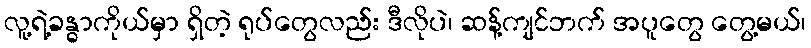
လူ့ရဲ့ခန္ဓာကိုယ်မှာ ရှိတဲ့ ရုပ်တွေလည်း ဒီလိုပဲ၊ ဆန့်ကျင်ဘက် အပူတွေ တွေ့မယ်၊